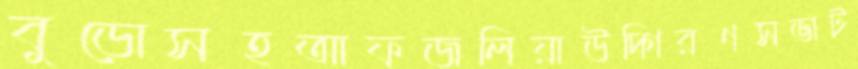
বুড়োসহআফজলিয়াউদ্‌গিরণসভাট